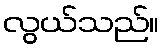
လွယ်သည်။